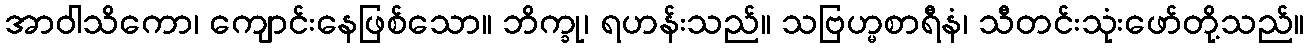
အာဝါသိကော၊ ကျောင်းနေဖြစ်သော။ ဘိက္ခု၊ ရဟန်းသည်။ သဗြဟ္မစာရီနံ၊ သီတင်းသုံးဖော်တို့သည်။